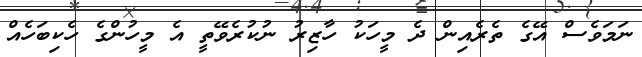
ނަމަވެސް އޭގެ ތެރެއިން ދެ މީހަކު ހާޒިރު ނުކުރެވޭތީ އެ މީހުންގެ ހެކިބަހެއް